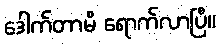
ဒေါက်တာမိ ရောက်လာပြီ။